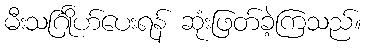
မီးသင်္ဂြိုဟ်ပေးရန် ဆုံးဖြတ်ခဲ့ကြသည်။